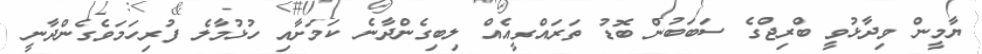
ޔާމީން ވިދާޅުވީ ބްރިޖްގެ ސަބަބުން ބޮޑު ތަރައްގީއެއް ލިބިގެންދާނެ ކަމަށާއި ހުޅުމާލެ ފުރިހަމަވެގެންދާނީ